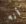
أنه